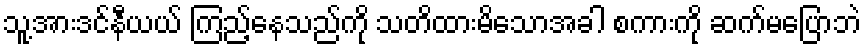
သူ့အားဒင်နီယယ် ကြည့်နေသည်ကို သတိထားမိသောအခါ စကားကို ဆက်မပြောဘဲ